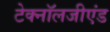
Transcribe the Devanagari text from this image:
टेक्नॉलजीएंड